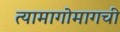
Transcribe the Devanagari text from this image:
त्यामागोमागची